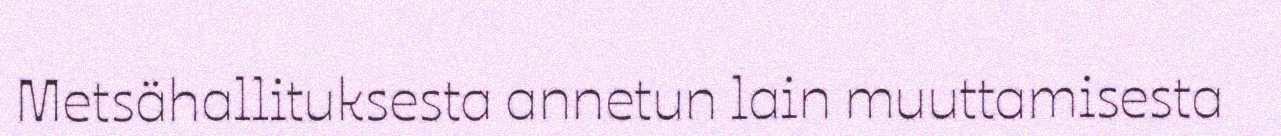
Metsähallituksesta annetun lain muuttamisesta